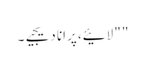
" " لائیے، پرانا دیجیے۔